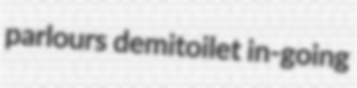
parlours demitoilet in-going